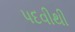
પદવીથી